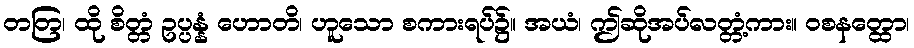
တတြ၊ ထို စိတ္တံ ဥပ္ပန္နံ ဟောတိ၊ ဟူသော စကားရပ်၌။ အယံ၊ ဤဆိုအပ်လတ္တံ့ကား။ ဝစနတ္ထော၊